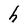
Character: h